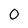
Character: 0